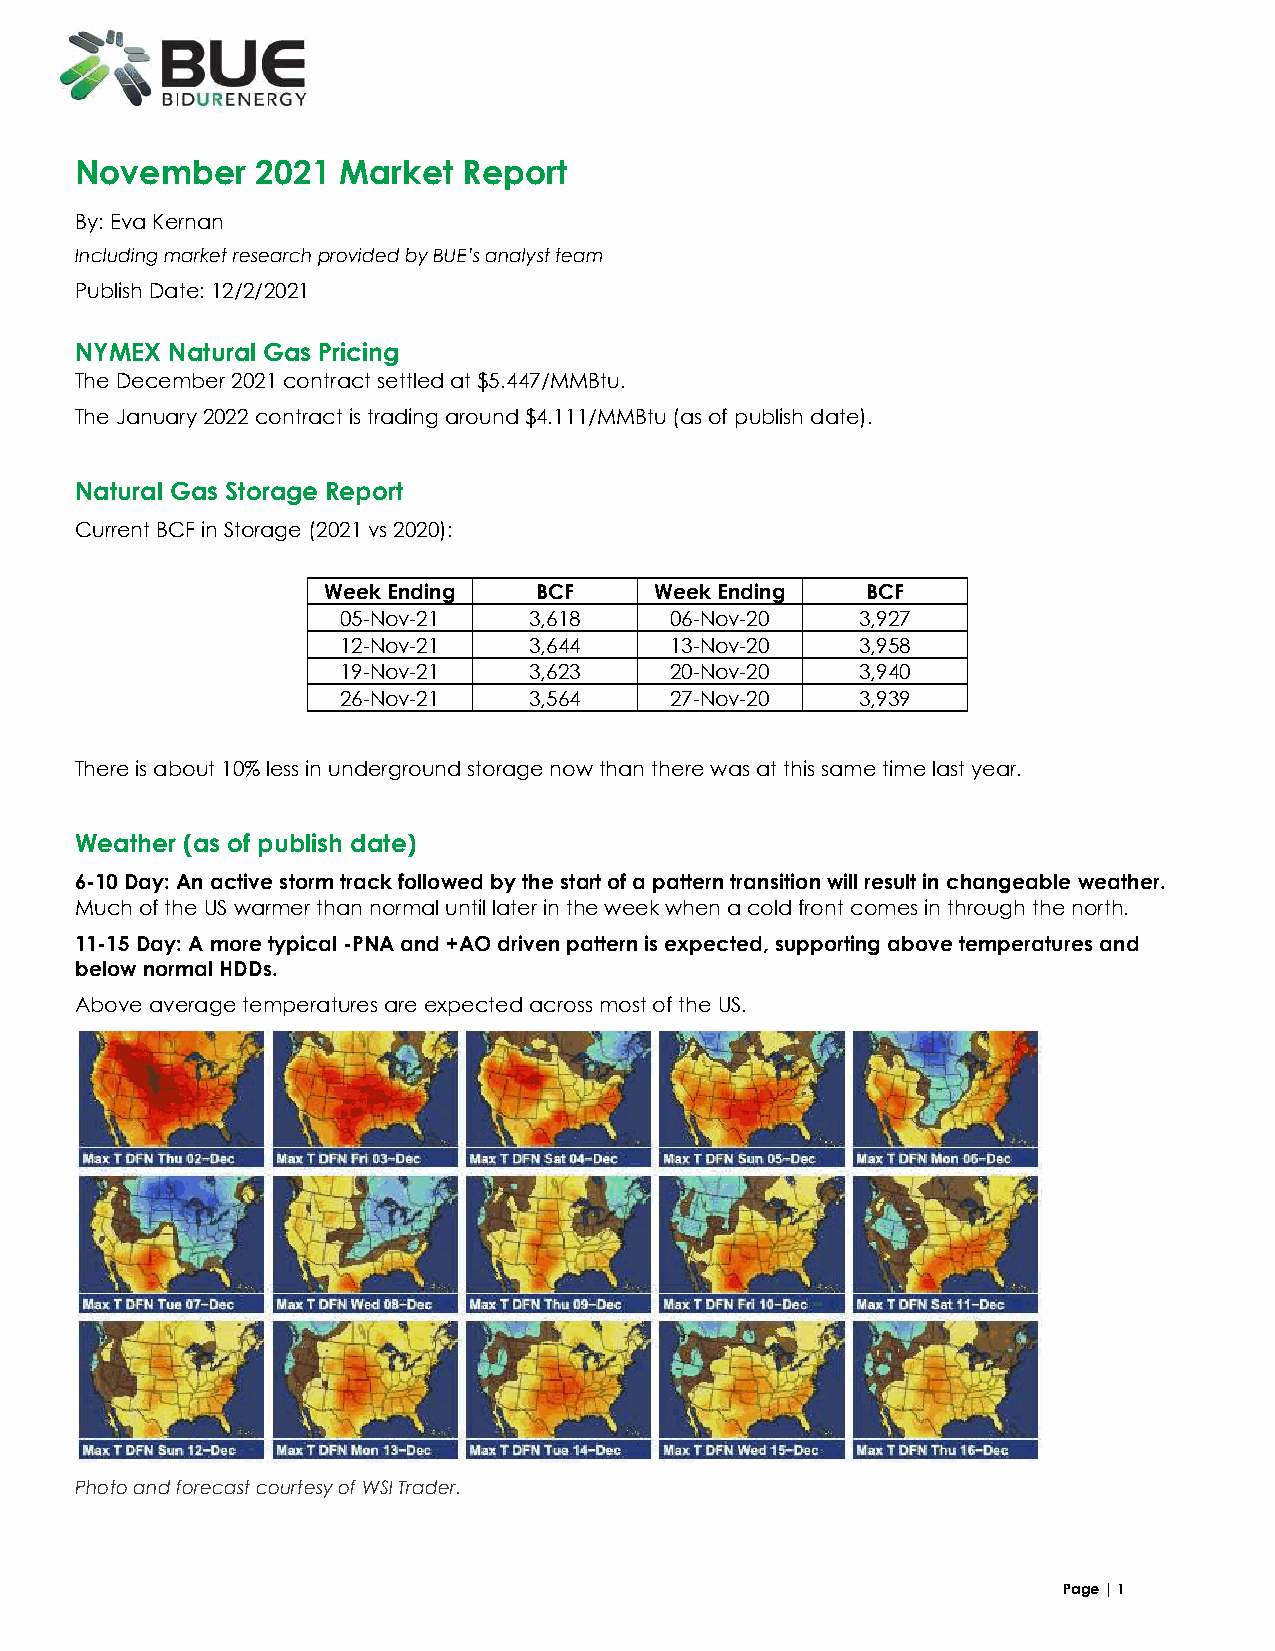
November    2021 Market   Report
 By: Eva Kernan
 Including market research provided by BUE’s analyst team
 Publish Date: 12/2/2021
 NYMEX Natural Gas Pricing
 The December 2021 contract settled at $5.447/MMBtu.
 The January 2022 contract is trading around $4.111/MMBtu (as of publish date).
 Natural Gas Storage Report
 Current BCF in Storage (2021 vs 2020):
 Week Ending   BCF     Week Ending   BCF
 05-Nov-21    3,618    06-Nov-20    3,927
 12-Nov-21    3,644    13-Nov-20    3,958
 19-Nov-21    3,623    20-Nov-20    3,940
 26-Nov-21    3,564    27-Nov-20    3,939
 There is about 10% less in underground storage now than there was at this same time last year.
 Weather (as of publish date)
 6-10 Day: An active storm track followed by the start of a pattern transition will result in changeable weather.
 Much of the US warmer than normal until later in the week when a cold front comes in through the north.
 11-15 Day: A more typical -PNA and +AO driven pattern is expected, supporting above temperatures and
 below normal HDDs.
 Above average temperatures are expected across most of the US.
 Photo and forecast courtesy of WSI Trader.
 Page | 1